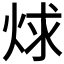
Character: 𬊋